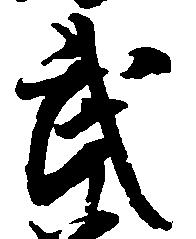
武